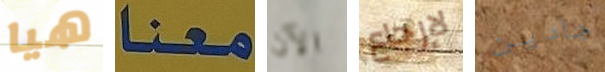
هيا معنا الآن لإرجاع جادين